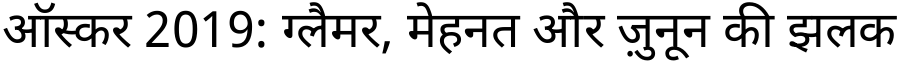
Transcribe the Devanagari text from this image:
ऑस्कर 2019: ग्लैमर, मेहनत और ज़ुनून की झलक